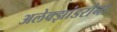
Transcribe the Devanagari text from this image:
अलेक्झांडरांना